Scottish Leaving Certificate Examination, 1959
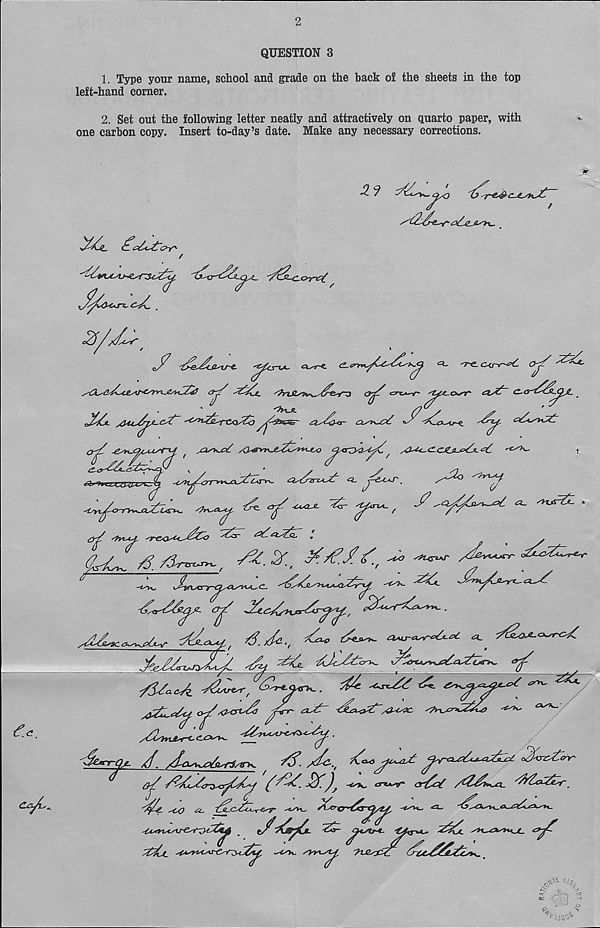
QUESTION 3
1. Type your name, school and grade on the hack of the sheets in the top
left-hand corner.
2. Set out the following letter neatly and attractively on quarto paper, with
one carbon copy. Insert to-day’s date. Make any necessary corrections.
i
v/
^
^
,
<7s
s
^:
<^~ <rec<r>~^ ch r'' '^Tl.
.^c
•<^K,
<Z-
J77l
^~^(7a
^yy^Tcrr^'^J'^STc’S'^. £is(7& i*-7 <2-
'
^<^<i syx-*^.
^ c^7 ^ljl ^ 'y™- f
J?
y 'fry 'Tr&ostt^Tcij '^r r
'
fi
'
y
(L^y
%■ .
^
77rT%yj^ cy / JTzc/^xjB^TZryy,
-
yitUca^y^ i&Lyy, 4./U., ^
^
-TT} 'T^le.
*T^Ort*s*^07<!\57c*>y-
y&ccA
£*4-*^.
&
^ ^
y /Lx^oT-r-J^ / 3<f
^2^>
y7777cr^yCdy (^77_ &)j 'C^K,
ar^at /^^v-a. '777^7,
^co a, T^c^Tt^-esr-
Xxrfr^r-t^yTJ
<3_
YAsyiAsv&Yy&y _
e/^^:
y^Ct. -Ys^rTyv-CyryTy
/yyyy